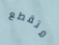
متقطع